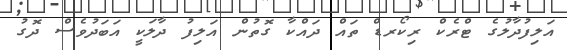
އަލިފުދާލުގެ ޓްރެކް ރިކޯރޑް ތައް ދައްކާ ގޮތުން އަލިފު ދާލަކީ އަބަދުވެސް ދޮގު